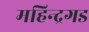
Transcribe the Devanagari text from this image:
महिन्द्रगड